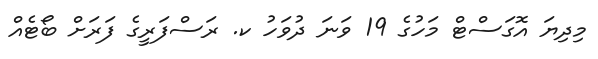
މިދިޔަ އޮގަސްޓް މަހުގެ 19 ވަނަ ދުވަހު ކ. ރަސްފަރީގެ ފަރަށް ބޯޓެއް